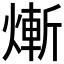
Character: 𤍖